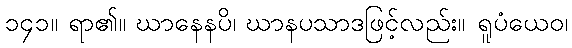
၁၄၁။ ရာ၏။ ဃာနေနပိ၊ ဃာနပသာဒဖြင့်လည်း။ ရူပံယေဝ၊